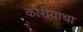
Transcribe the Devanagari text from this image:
कोरीयाचा